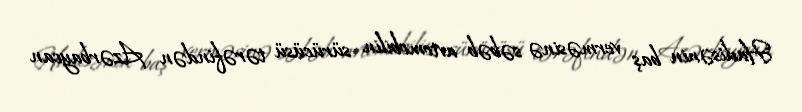
Hadisənin baş verməsinə səbəb avtomobilin sürücüsü tərəfindən Azərbaycan